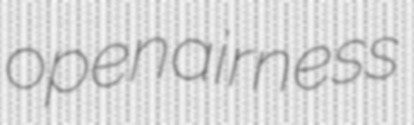
openairness